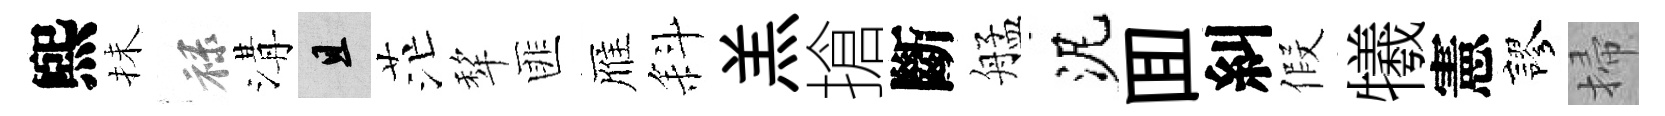
煕抺禄溝且茫犂匪雁斜羔搶斷艋泥囬糾假犧憲謬掃